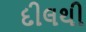
દીલથી